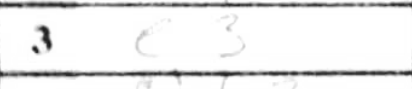
Transcription: e3